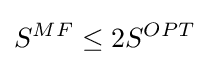
S^{MF}\leq 2S^{OPT}